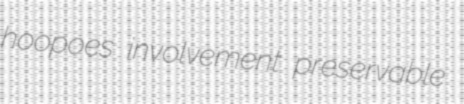
hoopoes involvement preservable